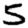
Digit: 5